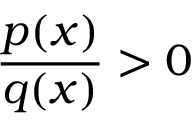
{ \frac { p ( x ) } { q ( x ) } } > 0